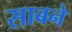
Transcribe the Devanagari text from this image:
साबने